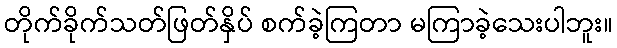
တိုက်ခိုက်သတ်ဖြတ်နှိပ် စက်ခဲ့ကြတာ မကြာခဲ့သေးပါဘူး။